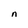
Character: n